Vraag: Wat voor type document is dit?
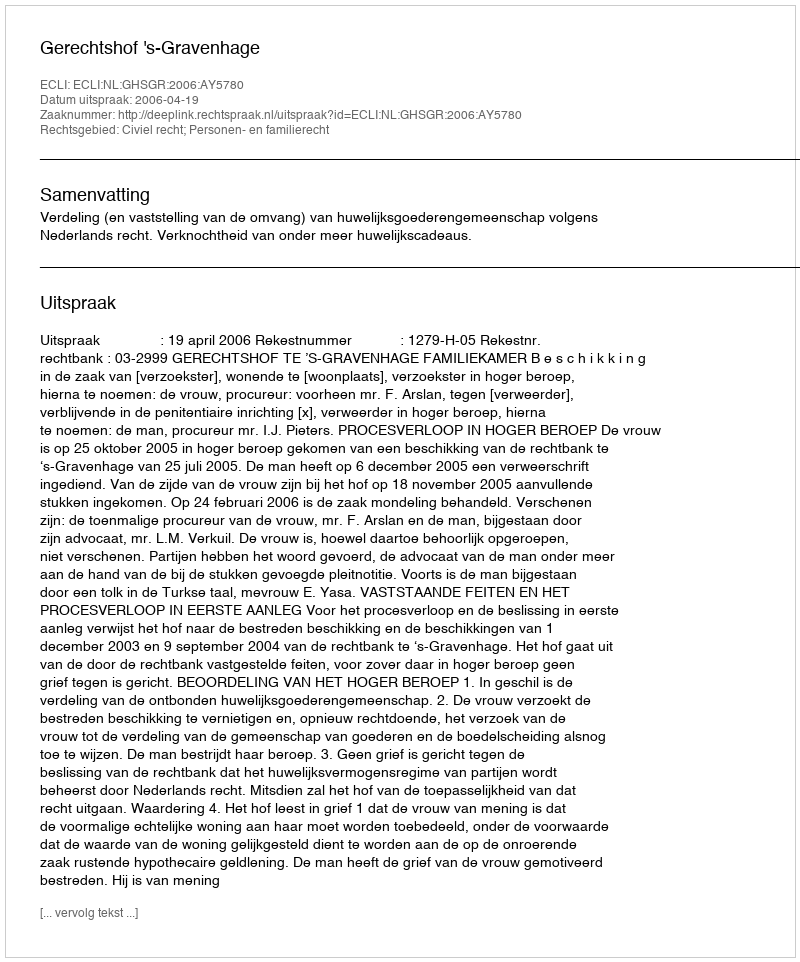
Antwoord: Uitspraak